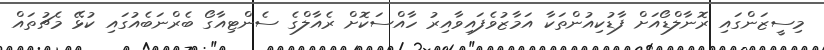
މިސީޒަންގައި ރޮނާލްޑޯއަށް ފާޑުކިއުންތަކާ އަމާޒުވެފައިވާއިރު ހާއްސަކޮށް ރެއާލްގެ ސެންޓިއާގޯ ބެރްނަބެއުގައި ކުޅޭ މެޗުތައް